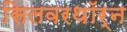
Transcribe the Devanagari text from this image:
सिलवरथॉर्न